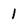
Character: 1